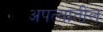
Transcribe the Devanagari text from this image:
अपत्यांतील